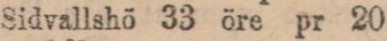
Sidvallshö 33 öre pr 20